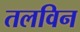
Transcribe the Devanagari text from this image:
तलविन